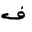
Letter: _fa